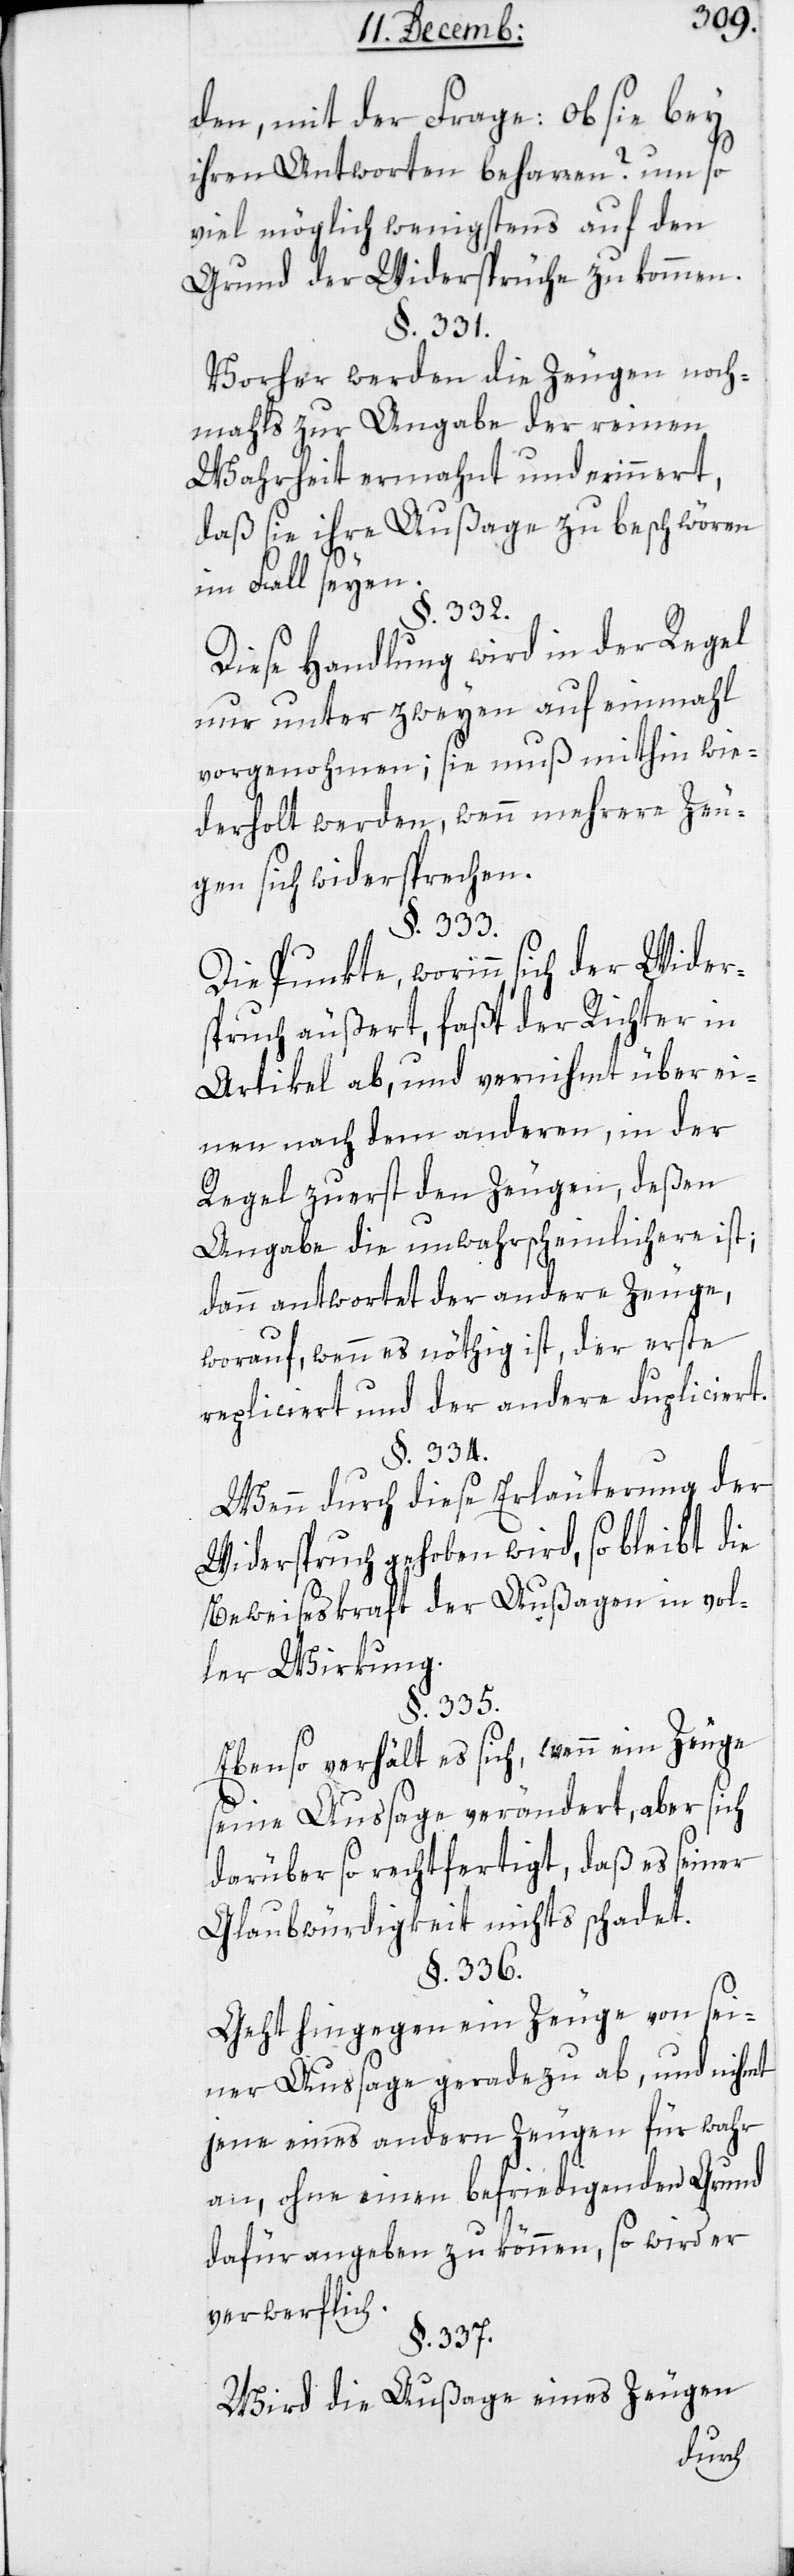
den, mit der Frage: Ob sie bey
ihren Antworten beharen? um so
viel möglich wenigstens auf den
Grund der Widersprüche zu kommen.
§. 331.
Vorher werden die Zeugen noch¬
mahls zur Angabe der reinen
Wahrheit ermahnt und erinnert,
daß sie ihre Außage zu beschwören
im Fall seyen.
§. 332.
Diese Handlung wird in der Regel
nur unter zweyen auf einmahl
vorgenohmen; sie muß mithin wie¬
derholt werden, wenn mehrere Zeu¬
gen sich widersprechen.
§. 333.
Die Punkte, worinn sich der Wider¬
spruch äußert, faßt der Richter in
Artikel ab, und vernihmt über ei¬
nen nach dem anderen, in der
Regel zuerst den Zeugen, deßen
Angabe die unwahrscheinlichere ist;
dann antwortet der andere Zeuge,
worauf wenn es nöthig ist, der erste
repliciert und der andere dupliciert.
§. 334.
Wenn durch diese Erläuterung der
Widerspruch gehoben wird, so bleibt die
Beweiseskraft der Außagen in vol¬
ler Wirkung.
§. 335.
Ebenso verhält es sich, wenn ein Zeuge
seine Aussage verändert, aber sich
darüber so rechtfertigt, daß es seiner
Glaubwürdigkeit nichts schadet.
§. 336.
Geht hingegen ein Zeuge von sei¬
ner Aussage geradezu ab, und nihmt
jene eines andern Zeugen für wahr
an, ohne einen befriedigenden Grund
dafür angeben zu können, so wird er
verwerflich.
§. 337.
Wird die Außage eines Zeugen